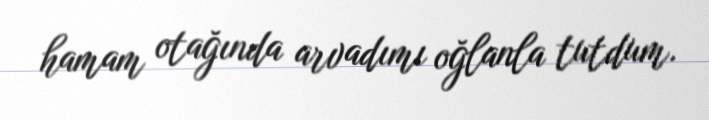
hamam otağında arvadımı oğlanla tutdum.